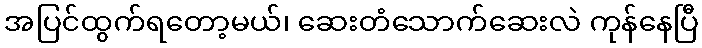
အပြင်ထွက်ရတော့မယ်၊ ဆေးတံသောက်ဆေးလဲ ကုန်နေပြီ